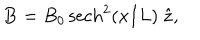
{ \bf B } = B _ { 0 } \, \mathrm { s e c h } ^ { 2 } ( x / L ) \; { \hat { \bf z } } ,